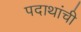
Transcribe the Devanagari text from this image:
पदाथांची